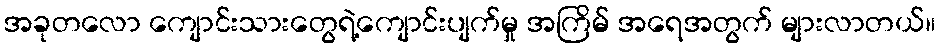
အခုတလော ကျောင်းသားတွေရဲ့ကျောင်းပျက်မှု အကြိမ် အရေအတွက် များလာတယ်။